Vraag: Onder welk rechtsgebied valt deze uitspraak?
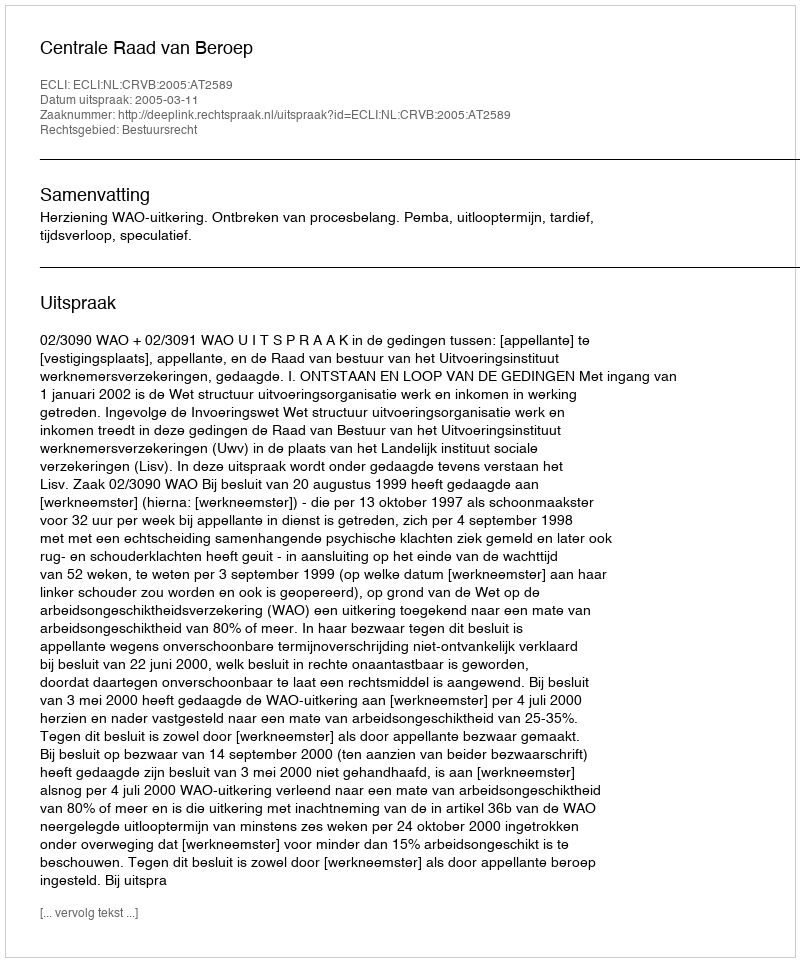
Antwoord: Bestuursrecht